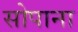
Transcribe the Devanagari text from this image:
सोपाना